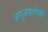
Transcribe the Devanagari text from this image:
अणुअवलोकी